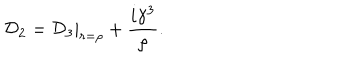
{ \cal D } _ { 2 } = { \cal D } _ { 3 } | _ { r = { \rho } } + \frac { i { \gamma } ^ { 3 } } { \rho } .